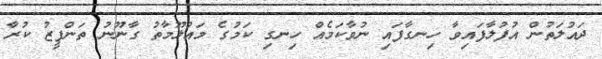
ދައުލަތުން އުފުލާފައިވާ ހިނގާފައި ނުވާކަމެއް ހިނގި ކަމުގެ މައުލޫމާތު ގާނޫނު ތަންފީޒު ކުރާ